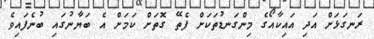
ރަނގަޅަށް އަދި އައިކާއޯގެ މިންގަނޑުތަކަށް ފެތޭ ގޮތަށް ކަމަށް އެ ބަޔާނުގައި ބުނެފައިވެ